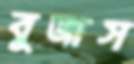
বুজাস